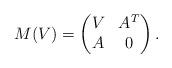
LaTeX: \begin{align*}M(V)=\begin{pmatrix}V&A^T\\ A&0\end{pmatrix}.\end{align*}